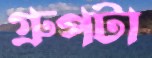
গ্রুপটা